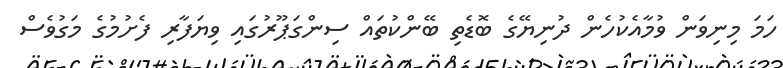
ހަމަ މިނިވަން ވުމާއެކުހެން ދުނިޔޭގެ ބޮޑެތި ބޭންކުތައް ސިންގަޕޫރުގައި ވިޔަފާރި ފެށުމުގެ މަގުވެސް